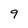
Character: 9